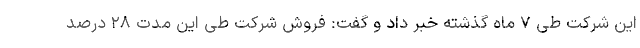
این شرکت طی ۷ ماه گذشته خبر داد و گفت: فروش شرکت طی این مدت ۲۸ درصد